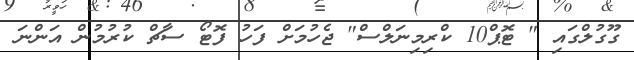
ގޫގުލްގައި " ޓޮޕް10 ކްރިމިނަލްސް" ޖެހުމަށް ފަހު ފޮޓޯ ސާޗް ކުރުމުން އަންނަ